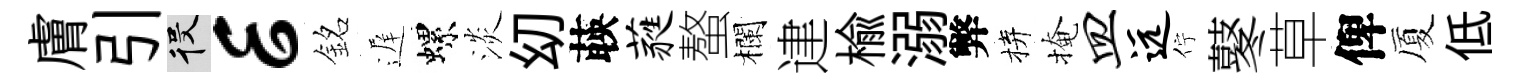
膚引役E銘遅螺淡㓜𦴤蕤螯欄䢖楡溺弊拚掩皿远佇鼕草俾厦低